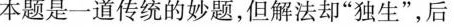
本题是一道传统的妙题，但解法却”独生”，后